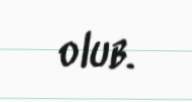
olub.